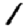
Digit: 1